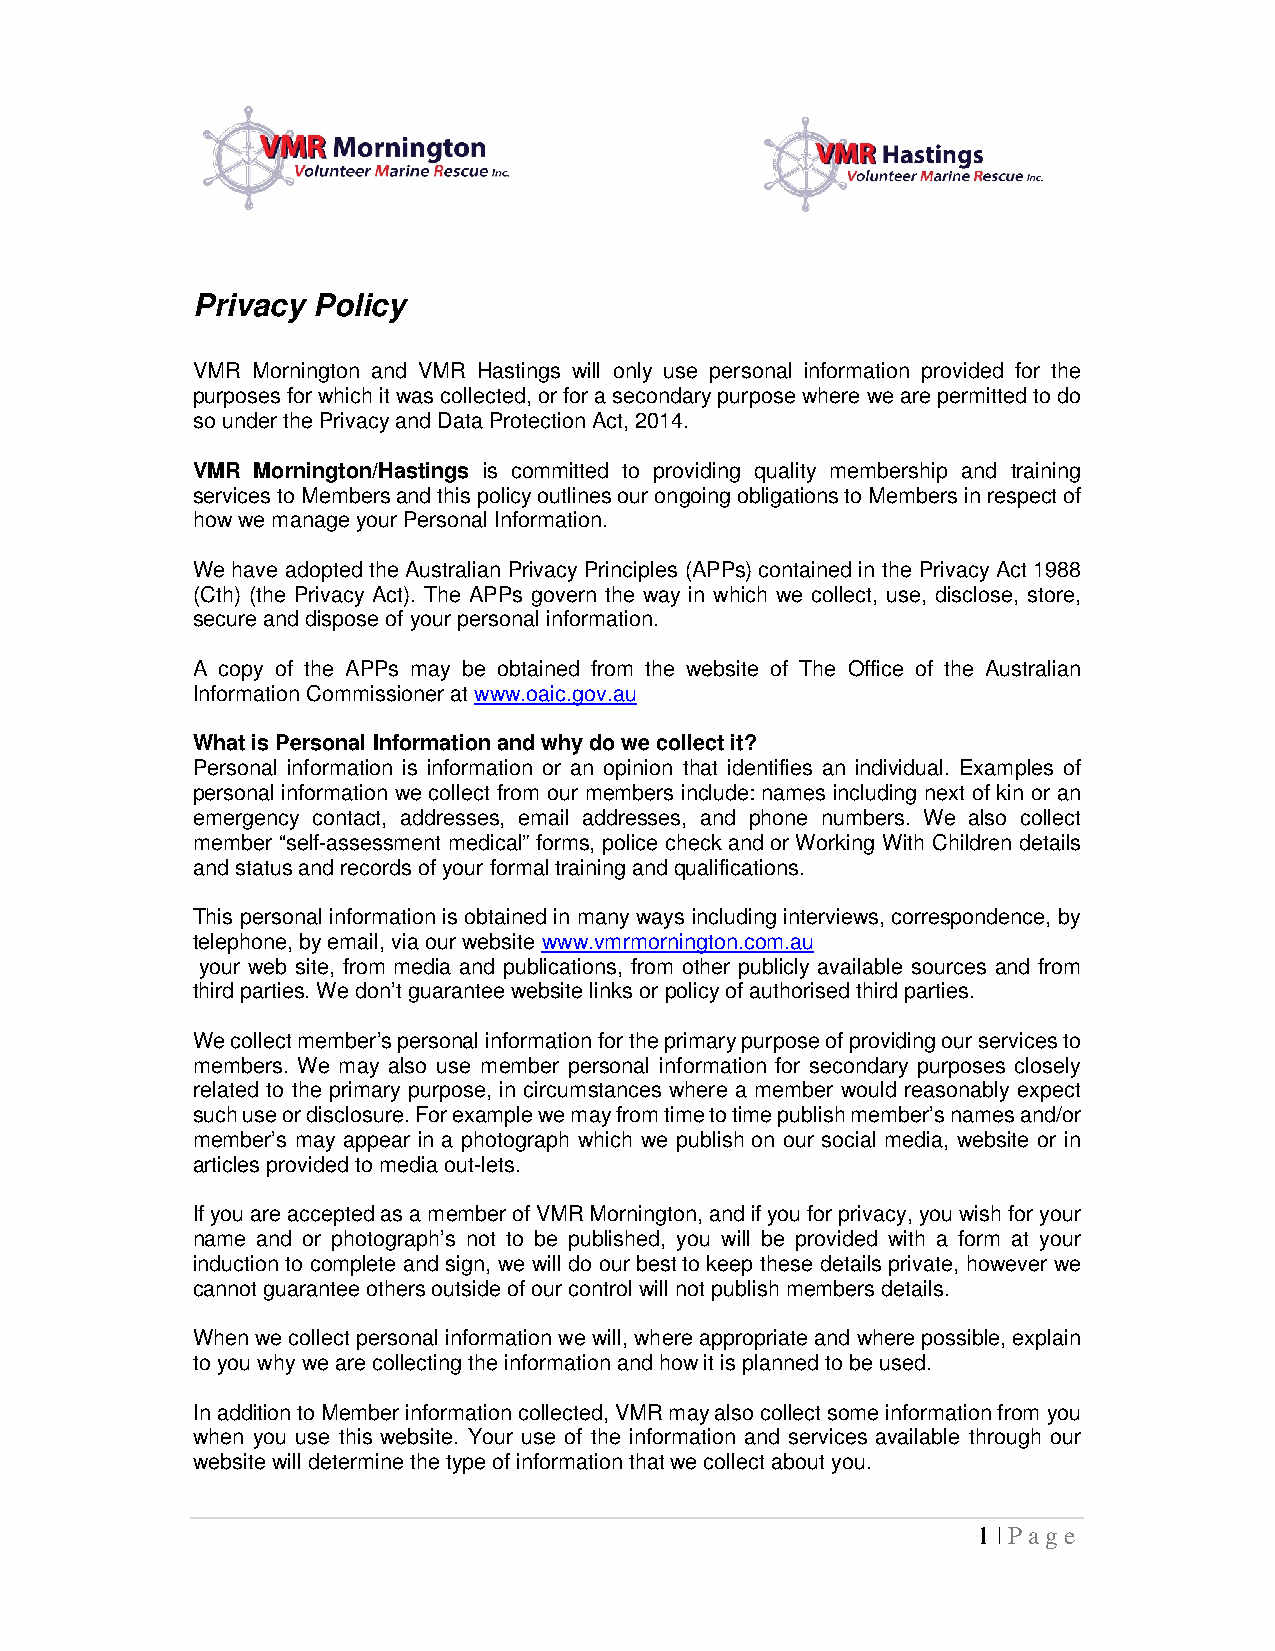
Privacy Policy
 VMR Mornington and VMR Hastings will only use personal information provided for the
 purposes for which it was collected, or for a secondary purpose where we are permitted to do
 so under the Privacy and Data Protection Act, 2014.
 VMR Mornington/Hastings is committed to providing quality membership and training
 services to Members and this policy outlines our ongoing obligations to Members in respect of
 how we manage your Personal Information.
 We have adopted the Australian Privacy Principles (APPs) contained in the Privacy Act 1988
 (Cth) (the Privacy Act). The APPs govern the way in which we collect, use, disclose, store,
 secure and dispose of your personal information.
 A copy of the APPs may be obtained from the website of The Office of the Australian
 Information Commissioner at www.oaic.gov.au
 What is Personal Information and why do we collect it?
 Personal information is information or an opinion that identifies an individual. Examples of
 personal information we collect from our members include: names including next of kin or an
 emergency contact, addresses, email addresses, and phone numbers. We also collect
 member “self-assessment medical” forms, police check and or Working With Children details
 and status and records of your formal training and qualifications.
 This personal information is obtained in many ways including interviews, correspondence, by
 telephone, by email, via our website www.vmrmornington.com.au
 your web site, from media and publications, from other publicly available sources and from
 third parties. We don’t guarantee website links or policy of authorised third parties.
 We collect member’s personal information for the primary purpose of providing our services to
 members. We may also use member personal information for secondary purposes closely
 related to the primary purpose, in circumstances where a member would reasonably expect
 such use or disclosure. For example we may from time to time publish member’s names and/or
 member’s may appear in a photograph which we publish on our social media, website or in
 articles provided to media out-lets.
 If you are accepted as a member of VMR Mornington, and if you for privacy, you wish for your
 name and or photograph’s not to be published, you will be provided with a form at your
 induction to complete and sign, we will do our best to keep these details private, however we
 cannot guarantee others outside of our control will not publish members details.
 When we collect personal information we will, where appropriate and where possible, explain
 to you why we are collecting the information and how it is planned to be used.
 In addition to Member information collected, VMR may also collect some information from you
 when you use this website. Your use of the information and services available through our
 website will determine the type of information that we collect about you.
 1 | Page